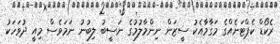
ރެކޯޑް ކެޕްޓަނެއްގެ މަގާމާއެކު ސީޒަން ނިންމާލުމުގެ ނަސީބު ލިބުނު ނަމަވެސް މިއީ ދުވަހަކު